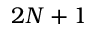
2 N + 1